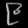
Digit: ၉